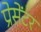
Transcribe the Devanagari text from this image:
प्रेसेंटर